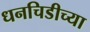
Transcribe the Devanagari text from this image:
धनचिडीच्या